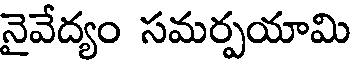
నైవేద్యం సమర్పయామి